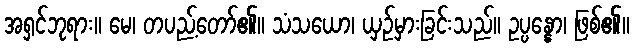
အရှင်ဘုရား။ မေ၊ တပည့်တော်၏။ သံသယော၊ ယှဉ်မှားခြင်းသည်။ ဥပ္ပန္နော၊ ဖြစ်၏။